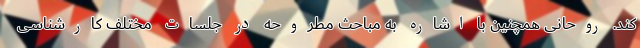
کند. روحانی همچنین با اشاره به مباحث مطروحه در جلسات مختلف کارشناسی